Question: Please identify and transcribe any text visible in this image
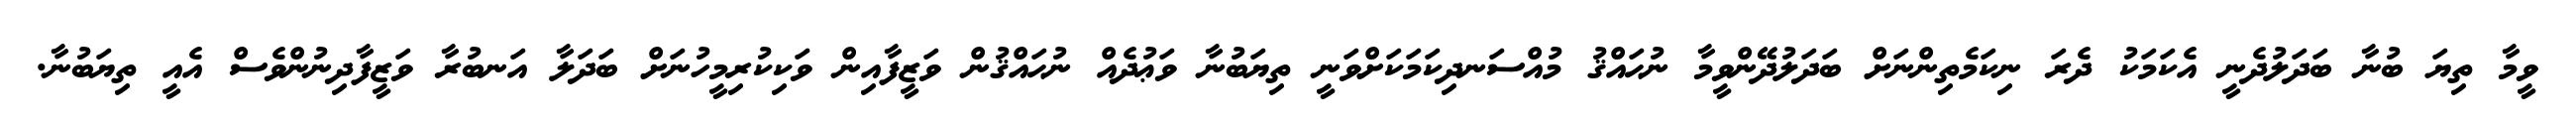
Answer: ވީމާ ތިޔަ ބުނާ ބަދަލުދެނީ އެކަމަކު ދެރަ ނިކަމެތިންނަށް ބަދަލުދޭންވީމާ ނުޙައްޤު މުއްސަނދިކަމަކަށްވަނީ ތިޔަބުނާ ވަޢުދެއް ނުޙައްޤުން ވަޒީފާއިން ވަކިކުރިމީހުނަށް ބަދަލާ އަނބުރާ ވަޒީފާދިނުންވެސް އެއީ ތިޔަބުނާ.